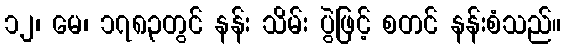
၁၂၊ မေ၊ ၁၇၈၃တွင် နန်း သိမ်း ပွဲဖြင့် စတင် နန်းစံသည်။